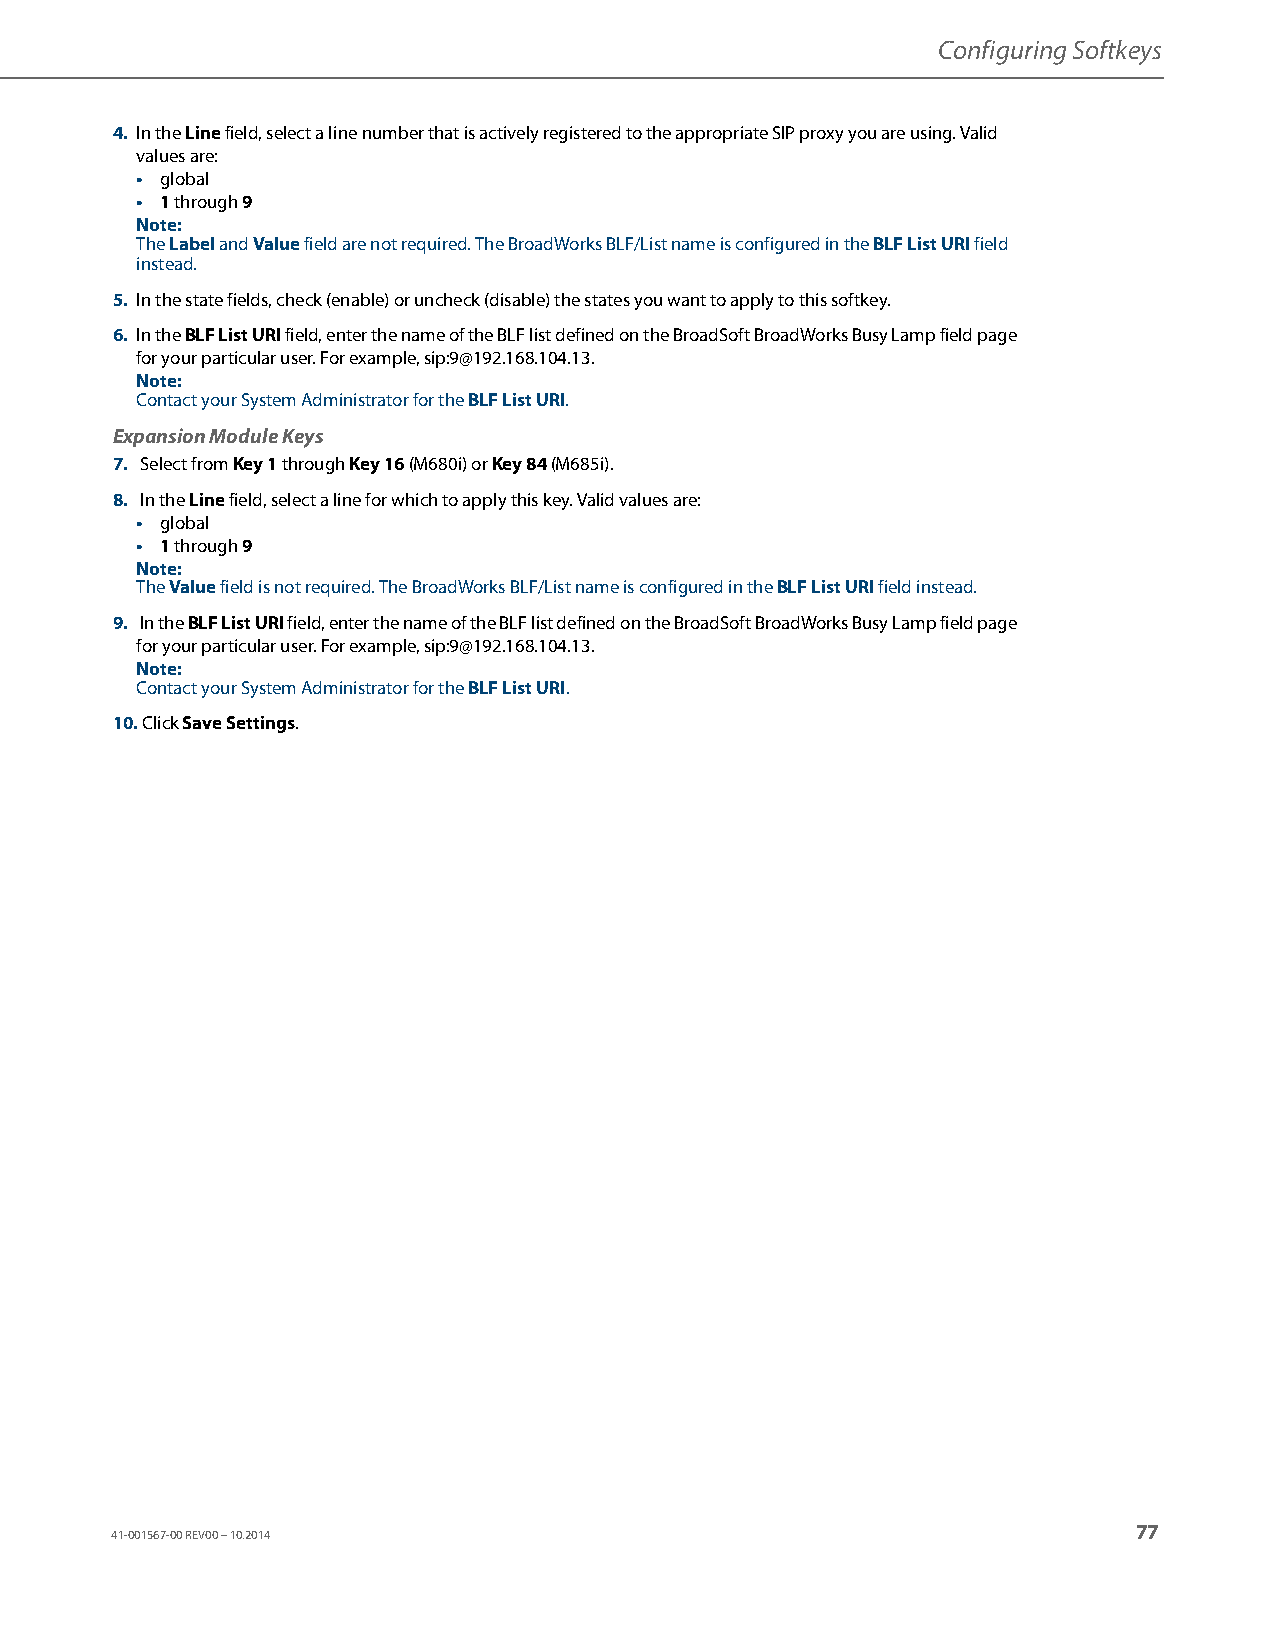
Configuring Softkeys
 4. In the Line field, select a line number that is actively registered to the appropriate SIP proxy you are using. Valid
 values are:
 • global
 • 1 through 9
 Note:
 The Label and Value field are not required. The BroadWorks BLF/List name is configured in the BLF List URI field
 instead.
 5. In the state fields, check (enable) or uncheck (disable) the states you want to apply to this softkey.
 6. In the BLF List URI field, enter the name of the BLF list defined on the BroadSoft BroadWorks Busy Lamp field page
 for your particular user. For example, sip:9@192.168.104.13.
 Note:
 Contact your System Administrator for the BLF List URI.
 Expansion Module Keys
 7. Select from Key 1 through Key 16 (M680i) or Key 84 (M685i).
 8. In the Line field, select a line for which to apply this key. Valid values are:
 • global
 • 1 through 9
 Note:
 The Value field is not required. The BroadWorks BLF/List name is configured in the BLF List URI field instead.
 9. In the BLF List URI field, enter the name of the BLF list defined on the BroadSoft BroadWorks Busy Lamp field page
 for your particular user. For example, sip:9@192.168.104.13.
 Note:
 Contact your System Administrator for the BLF List URI.
 10. Click Save Settings.
 77
 41-001567-00 REV00 – 10.2014